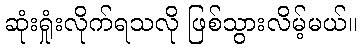
ဆုံးရှုံးလိုက်ရသလို ဖြစ်သွားလိမ့်မယ်။